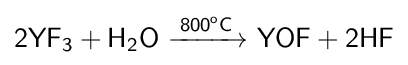
{\mathsf {2YF_{3}+H_{2}O\ {\xrightarrow {800^{o}C}}\ YOF+2HF}}